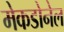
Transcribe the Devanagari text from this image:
मेकडोनेल